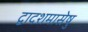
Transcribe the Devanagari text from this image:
द्वादशमासेषु